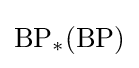
{\text{BP}}_{*}({\text{BP}})